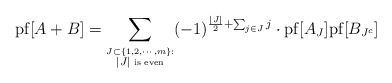
LaTeX: \begin{align*}{\rm pf}[A+B] = \sum_{\stackrel{J \subset \{ 1, 2, \cdots, m\}:}{|J| {\tiny \mbox{ is even}}}} (-1)^{ \frac{|J|}{2} + \sum_{j \in J} j } \cdot {\rm pf}[A_J] {\rm pf}[B_{J^c}]\end{align*}